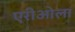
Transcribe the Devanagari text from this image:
एरीओला